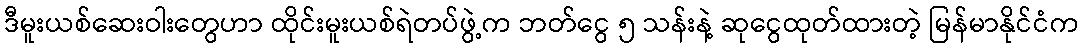
ဒီမူးယစ်ဆေးဝါးတွေဟာ ထိုင်းမူးယစ်ရဲတပ်ဖွဲ့က ဘတ်ငွေ ၅ သန်းနဲ့ ဆုငွေထုတ်ထားတဲ့ မြန်မာနိုင်ငံက